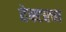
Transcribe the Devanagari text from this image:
हेक्टरचा